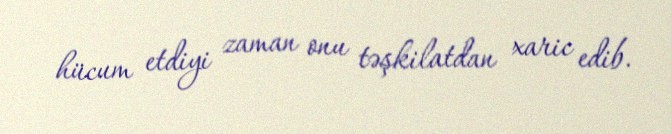
hücum etdiyi zaman onu təşkilatdan xaric edib.